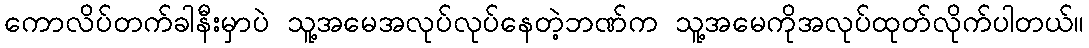
ကောလိပ်တက်ခါနီးမှာပဲ သူ့အမေအလုပ်လုပ်နေတဲ့ဘဏ်က သူ့အမေကိုအလုပ်ထုတ်လိုက်ပါတယ်။